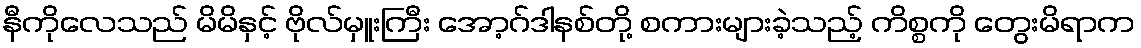
နီကိုလေသည် မိမိနှင့် ဗိုလ်မှူးကြီး အော့ဂ်ဒါနစ်တို့ စကားများခဲ့သည့် ကိစ္စကို တွေးမိရာက